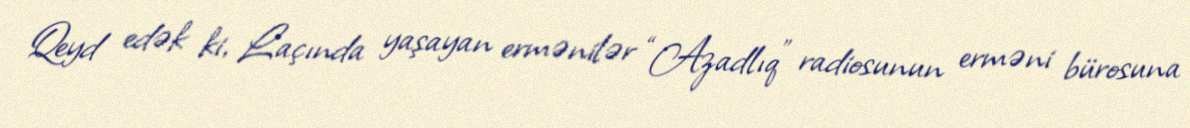
Qeyd edək ki, Laçında yaşayan ermənilər “Azadlıq” radiosunun erməni bürosuna